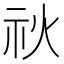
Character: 𥘙